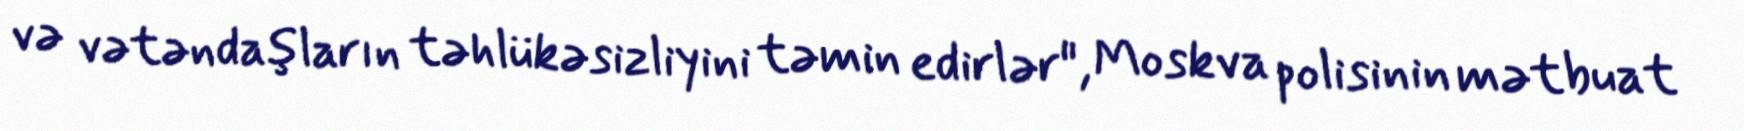
və vətəndaşların təhlükəsizliyini təmin edirlər", Moskva polisinin mətbuat